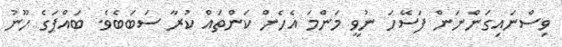
ވިސްނައިގަންނަން ފަސޭހަ ނުވީ މަންމަ އެހެން ކަންތައް ކުރާ ސަބަބެވެ. ބައްޕަގެ ހޫނު